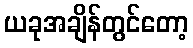
ယခုအချိန်တွင်တော့